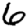
Digit: 6